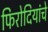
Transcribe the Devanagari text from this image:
फिरोदियांचे